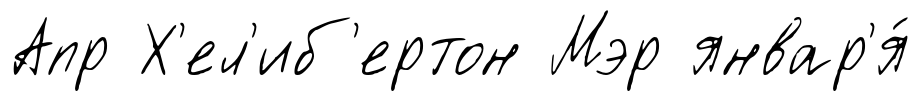
Апр Х'ел'иб'ертон Мэр январ'я́